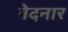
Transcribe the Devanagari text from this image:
बेदनार